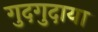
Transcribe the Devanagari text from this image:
गुदगुदाया